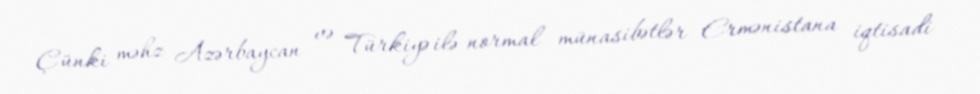
Çünki məhz Azərbaycan və Türkiyə ilə normal münasibətlər Ermənistana iqtisadi